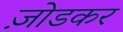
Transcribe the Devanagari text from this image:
ज़ोडकर